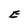
Character: E